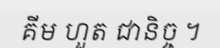
គីម ហួត ជានិច្ច ។